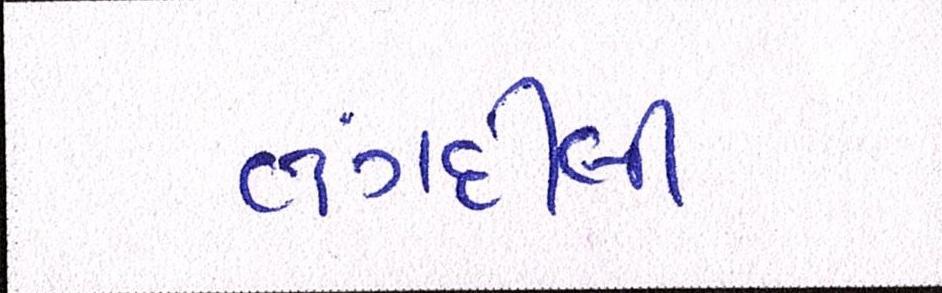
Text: તંગદિલી